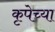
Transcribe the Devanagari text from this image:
कृपेच्या